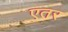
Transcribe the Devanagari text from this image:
एतर